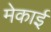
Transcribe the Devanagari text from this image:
मेकाई